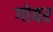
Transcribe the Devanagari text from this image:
गोयर